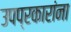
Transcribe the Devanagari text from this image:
उपप्रकारांना